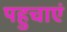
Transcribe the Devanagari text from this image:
पहुचाएं